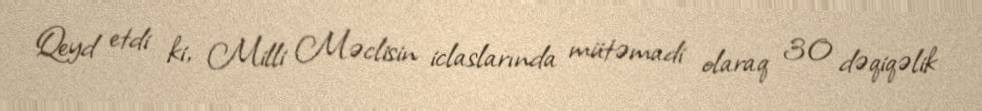
Qeyd etdi ki, Milli Məclisin iclaslarında mütəmadi olaraq 30 dəqiqəlik